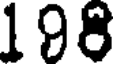
198